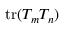
\mathrm { t r } ( T _ { m } T _ { n } )